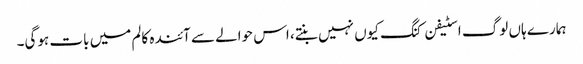
ہمارے ہاں لوگ اسٹیفن کنگ کیوں نہیں بنتے، اس حوالے سے آئندہ کالم میں بات ہوگی۔